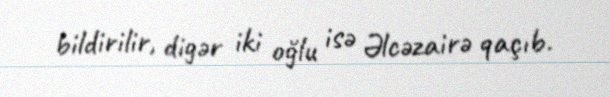
bildirilir, digər iki oğlu isə Əlcəzairə qaçıb.